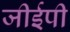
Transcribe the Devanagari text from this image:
जीईपी